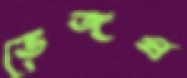
ভেজষ